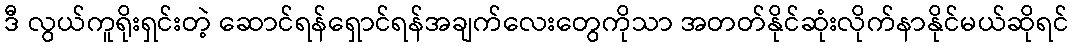
ဒီ လွယ်ကူရိုးရှင်းတဲ့ ဆောင်ရန်ရှောင်ရန်အချက်လေးတွေကိုသာ အတတ်နိုင်ဆုံးလိုက်နာနိုင်မယ်ဆိုရင်